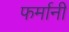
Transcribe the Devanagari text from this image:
फर्मानी